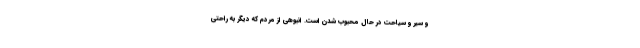
و سیر و سیاحت در حال محبوب شدن است. انبوهی از مردم که دیگر به راحتی